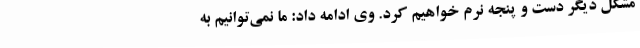
مشکل دیگر دست و پنجه نرم خواهیم کرد. وی ادامه داد: ما نمی‌توانیم به